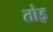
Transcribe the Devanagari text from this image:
तोइ